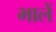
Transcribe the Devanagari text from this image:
भालें